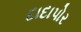
દાદાપોર